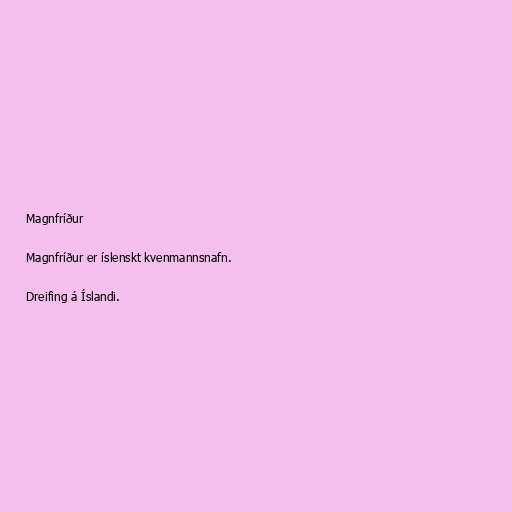
Magnfríður

Magnfríður er íslenskt kvenmannsnafn.

Dreifing á Íslandi.